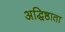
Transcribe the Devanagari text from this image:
अद्धिष्ठाता